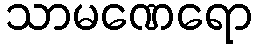
သာမဏေရော